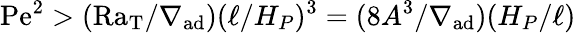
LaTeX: \mathrm{Pe}^{2}>(\mathrm{Ra_{T}}/\nabla_{\mathrm{ad}})(\ell/H_{P})^{3}=(8A^{3}/\nabla_{\mathrm{ad}})(H_{P}/\ell)